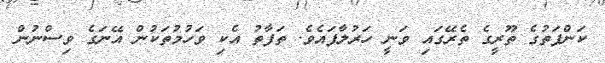
ކަންފަތުގެ ތޫރީގެ ތެރޭގައި ވަނީ ހަރުލާފައެވެ. ތަފާތު އެކި ވަހުމުތަކުން އޭނަގެ ވިސްނުން